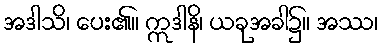
အဒါသိ၊ ပေး၏။ ဣဒါနိ၊ ယခုအခါ၌။ အဿ၊